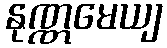
နုဏ္ဏမေယျ